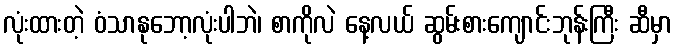
လုံးထားတဲ့ ဝံသာနုဘော့လုံးပါဘဲ၊ စာကိုလဲ နေ့လယ် ဆွမ်းစားကျောင်းဘုန်းကြီး ဆီမှာ